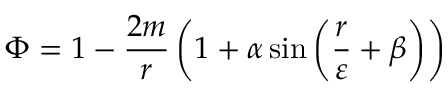
\Phi = 1 - { \frac { 2 m } { r } } \left( 1 + \alpha \sin \left( { \frac { r } { \varepsilon } } + \beta \right) \right)